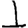
Digit: 1